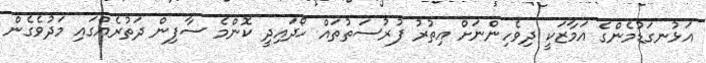
އަޅުނގަޑުމެންގެ އަމާޒަކީ ދިވެހިންނަށް އިތުރު ފުރުސަތުތައް ހޯދައިދީ ކޮންމެ ސާފިން ދަތުރެއްގައި މަދުވެގެން